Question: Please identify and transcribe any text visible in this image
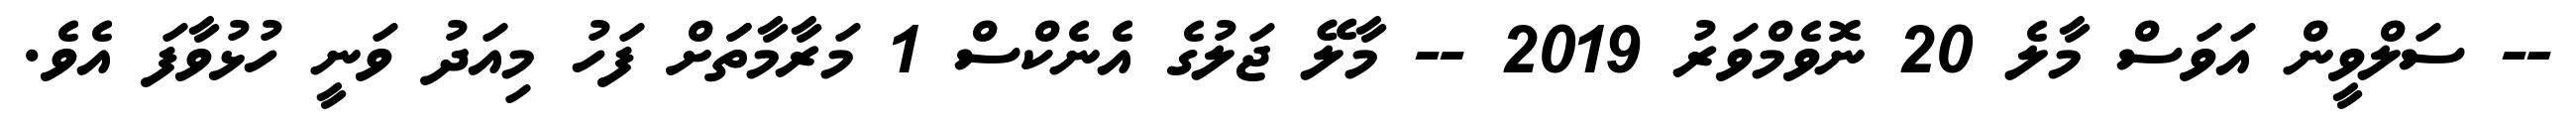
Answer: -- ސަލްވީން އަވަސް މާލެ 20 ނޮވެމްވަރު 2019 -- މާލޭ ޖަލުގެ އެނެކްސް 1 މަރާމާތަަށް ފަހު މިއަދު ވަނީ ހުޅުވާފަ އެވެ.